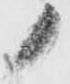
ノ